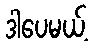
ဒါပေမယ့်